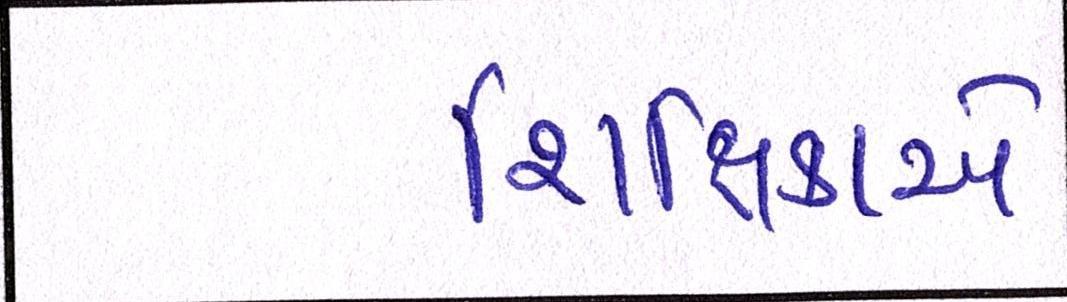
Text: શિક્ષિકાએ